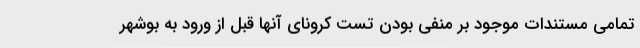
تمامی مستندات موجود بر منفی بودن تست کرونای آنها قبل از ورود به بوشهر